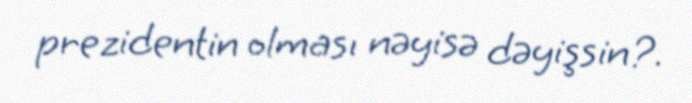
prezidentin olması nəyisə dəyişsin?.